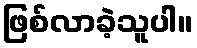
ဖြစ်လာခဲ့သူပါ။